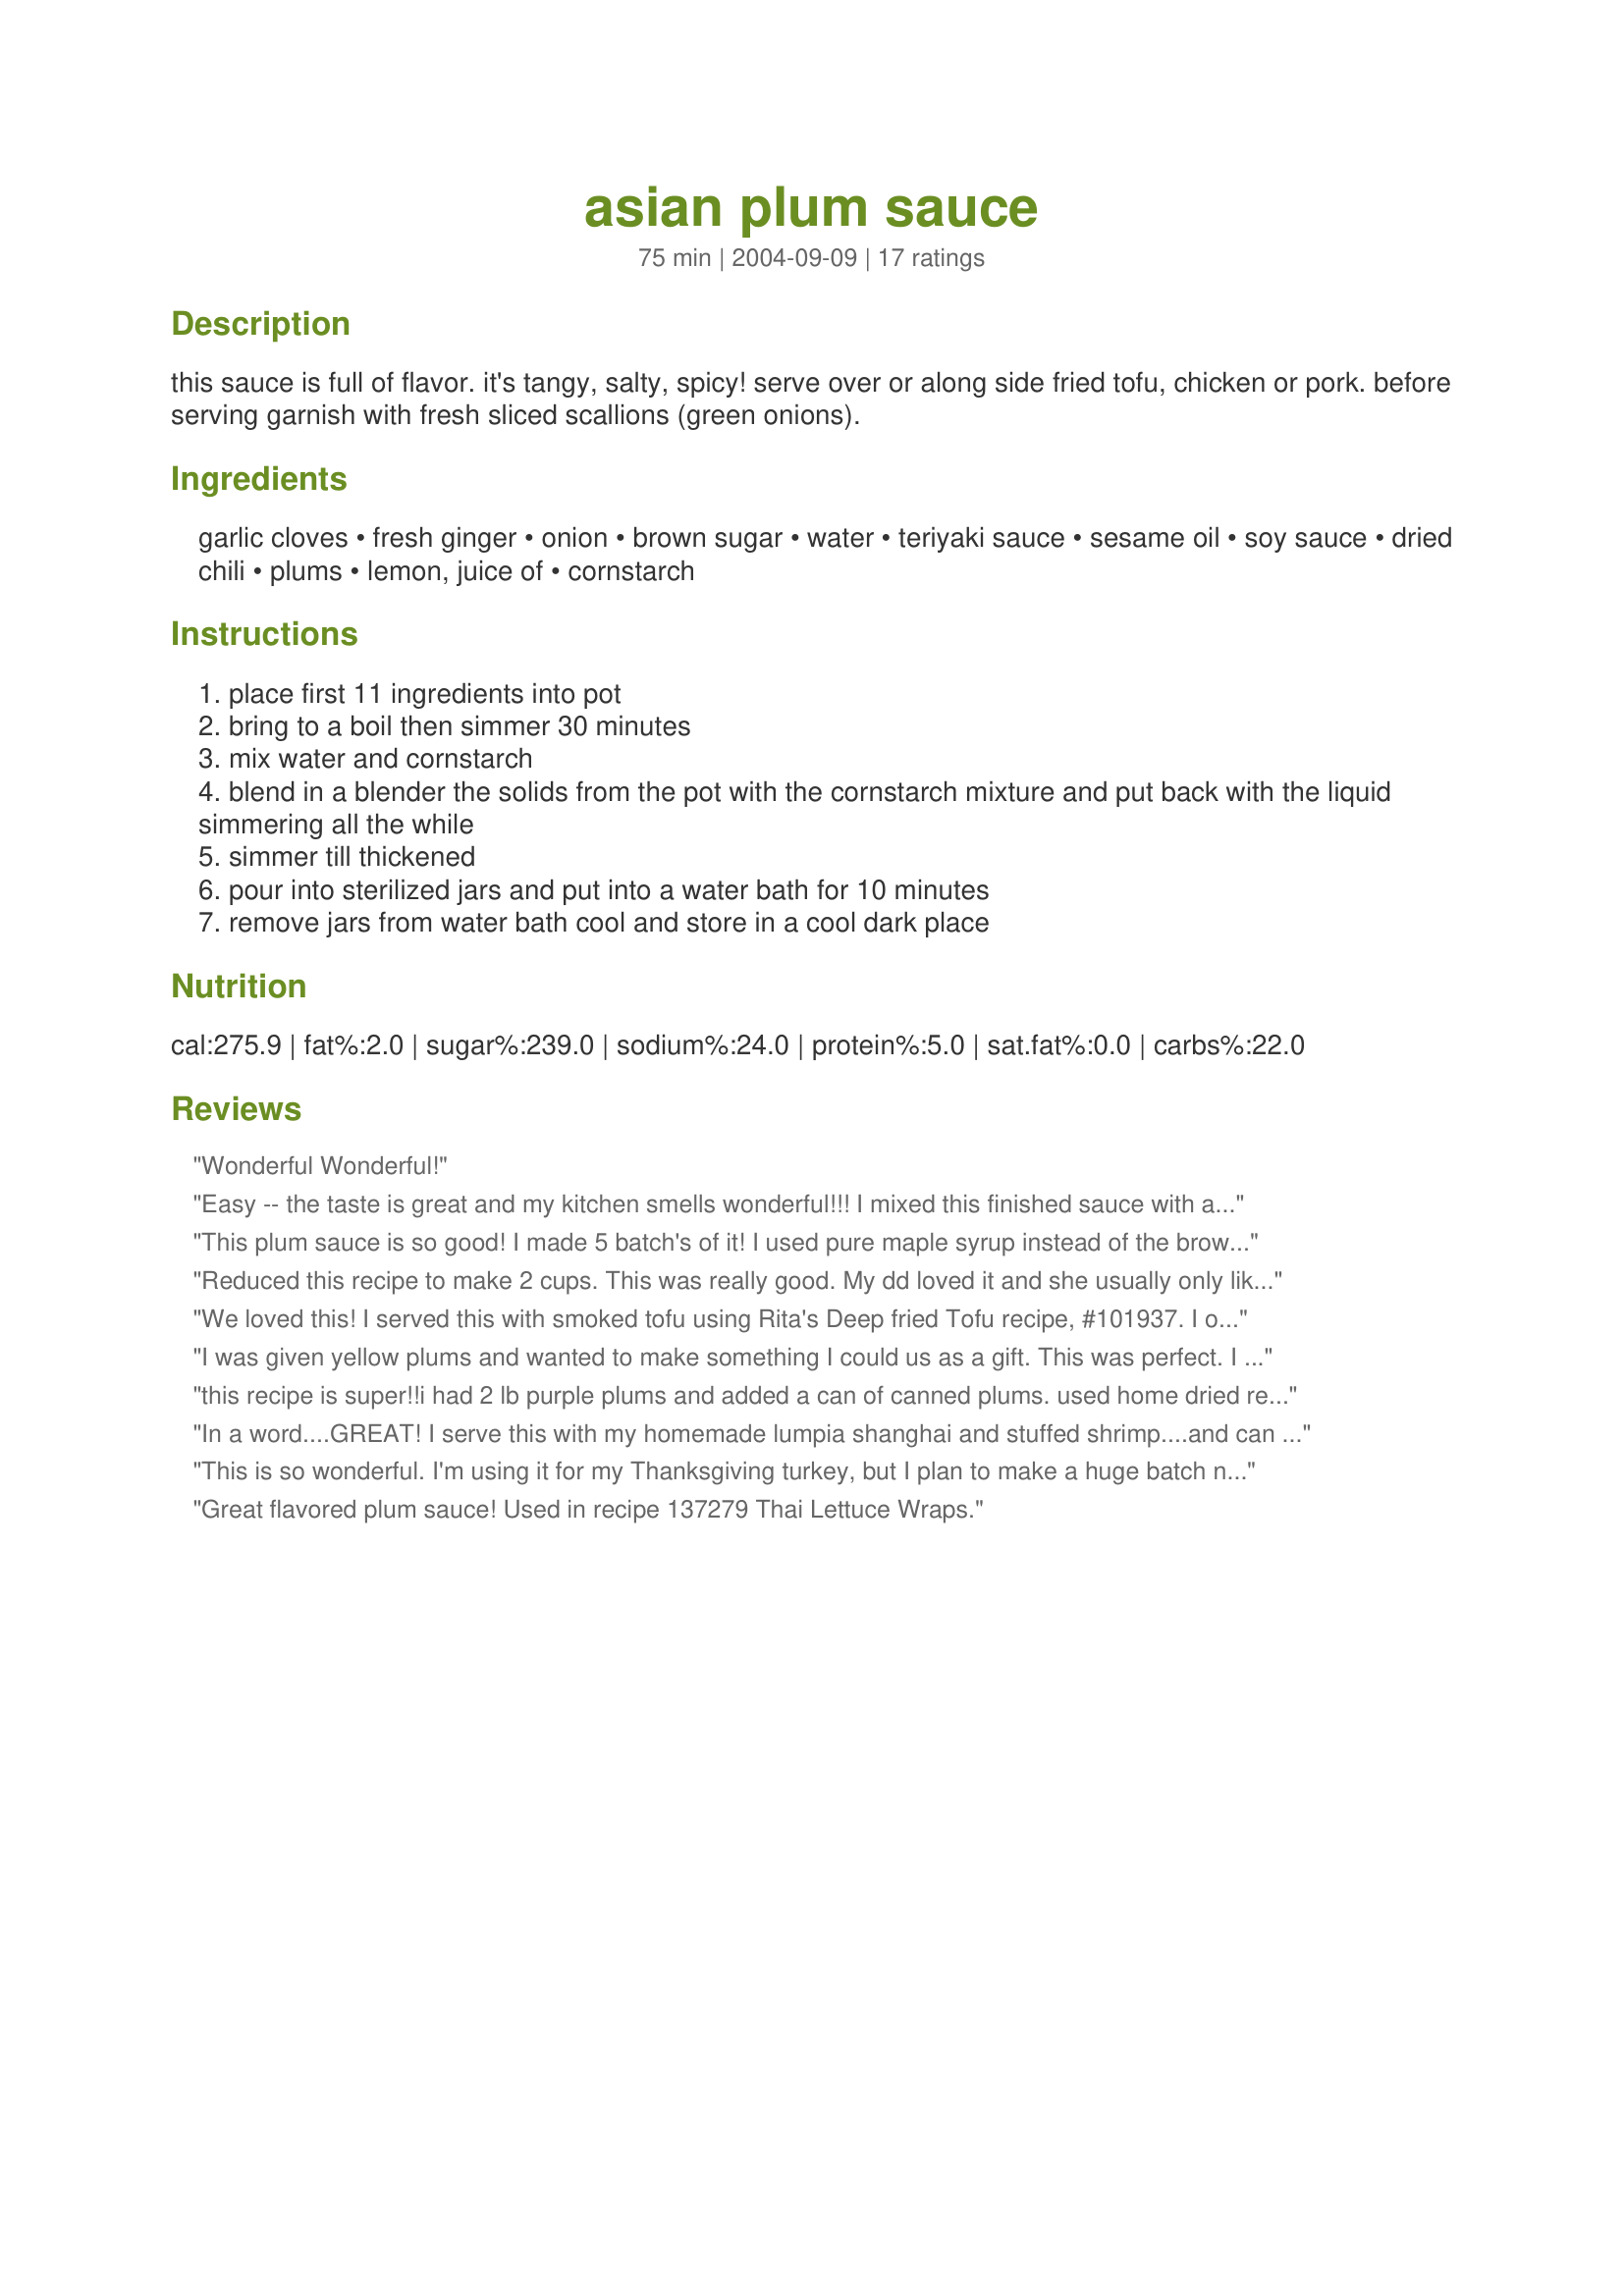
asian plum sauce
Preparation time: 75 minutes

this sauce is full of flavor. it's tangy, salty, spicy! serve over or along side fried tofu, chicken or pork. before serving garnish with fresh sliced scallions (green onions).

Ingredients:
garlic cloves, fresh ginger, onion, brown sugar, water, teriyaki sauce, sesame oil, soy sauce, dried chili, plums, lemon, juice of, cornstarch

Steps:
place first 11 ingredients into pot
bring to a boil then simmer 30 minutes
mix water and cornstarch
blend in a blender the solids from the pot with the cornstarch mixture and put back with the liquid simmering all the while
simmer till thickened
pour into sterilized jars and put into a water bath for 10 minutes
remove jars from water bath cool and store in a cool dark place

Reviews:
Wonderful Wonderful!
Easy -- the taste is great and my kitchen smells wonderful!!!

I mixed this finished sauce with a little more rice vinegar, sesame oil, and fresh cilantro and used as a salad dressing. 

My only question.........I made 1/2 batch and only got 2 cups.......where did the rest of mine go???
This plum sauce is so good! I made 5 batch's of it! I used pure maple syrup instead of the brown sugar as I don't like using sugar. It is a big hit with family and friends. One batch I made it with fresh squeezed OJ and rind with a hint of cloves. Love it ....Love it!
Reduced this recipe to make 2 cups. This was really good. My dd loved it and she usually only likes the sauces that come out of a bottle at the store- grr 

Really really yummy Rita! Goes perfectly with your 101937 Deep Fried Tofu and I am looking forward to finding lots more uses for it! 

YUM

Mama
We loved this! I served this with smoked tofu using Rita's Deep fried Tofu recipe, #101937. I only needed a small amount of sauce (which made for some interesting maths for some of the ingredients!), but I'll be making a big batch next time. Thanks, Rita.
I was given yellow plums and wanted to make something I could us as a gift. This was perfect. I make a Hawaiian style sauce that uses apricot preserves and will be modifying that recipe to use this sauce from now on. Thank you for a great recipe.
this recipe is super!!i had 2 lb purple plums and added a can of canned plums. used home dried red pepper flakes. it was a spicy complex flavor. my teen daughter said the taste made it seem like it would get great reviews from &quot;professional tasters&quot;
flavor is hard to describe it starts a bit sweet and ends spicy. didn&#039;t add cornstarch to thicken. when we open a jar of the canned sauce i thin it a bit with the juice from mandarin oranges, canned in juice.
In a word....GREAT! I serve this with my homemade lumpia shanghai and stuffed shrimp....and can never seem to put enough of this suace out.
This is so wonderful. I'm using it for my Thanksgiving turkey, but I plan to make a huge batch next year when the plums are ripe again!
Great flavored plum sauce! Used in recipe 137279 Thai Lettuce Wraps.
I used yellow plums.The ingredients are good it's just the quantity of the chilies, ginger and sugar is lacking. When the sauce was done I could not taste the ginger and it lacked sweetness and thickening.The spiciness could not be tasted. I added another 2 cups of sugar, doubled the amount of dried chilies; doubled the amount of ginger and doubled the cornstarch mixture.
Wonderful! I have made it three times now and each has worked out beautifully. Perfect with salmon! (Either bake it in the sauce in wax paper or foil, or add a spoonful to the cooked salmon like a relish). The only thing I did differently (being very lazy) was to skip the processing (we like it lumpy) and cut out the cornstarch by slowly simmering it enough to reduce to a thick sauce. Just great!
Great recipe. I used plum juice and had to let it cook down a few hours. We had it on stir-fry veggies rolled up in a tortilla. Yummy!
This is lovely, all ingredients are spot on, the only thing i did different was that i did not add the two cups of water and the sauce thickened nicely on its own without the addition of cornstarch. Thanks..its a keeper
This sauce is to die for!! Being a real fan of plum sauce this is the best, it is hot to start with but once bottled it does mellow over time so would not recommend cutting the chillies down. Thanks so much of the recipe!! Kraus
I used this recipe as a starting point for creating a sauce using my plums of unknown variety. I tweaked it to my own taste by also adding about 2 tsp of Chinese 5 spice powder, and a couple tsp of sriracha sauce. Because of tartness my plums exhibit when cooked, I didn&#039;t add the lemon juice, and I increased the sugar by adding an additional cup of white sugar for a total of 2 cups sugar for 3 lbs of plums. For me this was a good balance of sweet-tart for my plums. The sauce turned out fabulous with the extra sugar and spices. This recipe lends itself well to customizing to one&#039;s personal taste.
This sauce is great!! Made 6 1/2 pints. Changed the recipe a bit.Omitted the sesame oil (it was over $6 and I only needed a bit for this recipe) and there was a bit too much heat for my taste. It seemed to over ride the "pluminess" of this sauce. Sooooo added a cup of port wine to the end product to tone down the hotness and sweeten the sauce. (Next time I would halve the hot peppers.) These tasty jars will be an excellent addition to upcoming Christmas gift baskets! Thanks for posting! 
Barb
